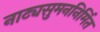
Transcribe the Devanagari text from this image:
नाट्यसुमननिर्मित